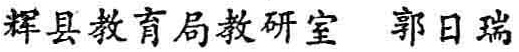
辉县教育局教研室 郭日瑞